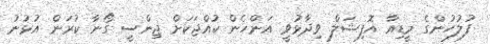
ފުލުހުންގެ މީޑިއާ އޮފިޝަލް ވިދާޅުވީ އަންހެން ކުއްޖަކަށް ޖިންސީ ގޯނާ ކުރަން އުޅުނު